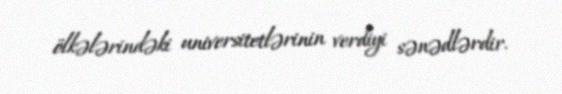
ölkələrindəki universitetlərinin verdiyi sənədlərdir.